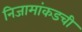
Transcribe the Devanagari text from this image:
निजामांकडची